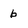
Character: b